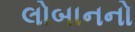
લોબાનનો